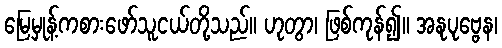
မြေမှုန့်ကစားဖော်သူငယ်တို့သည်။ ဟုတွာ၊ ဖြစ်ကုန်၍။ အနုပုဗ္ဗေန၊